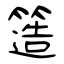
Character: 簉